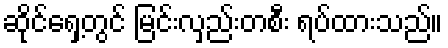
ဆိုင်ရှေ့တွင် မြင်းလှည်းတစီး ရပ်ထားသည်။